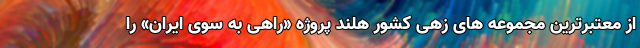
از معتبرترین مجموعه های زهی کشور هلند پروژه «راهی به سوی ایران» را